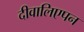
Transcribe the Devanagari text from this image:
दीवालिएपन